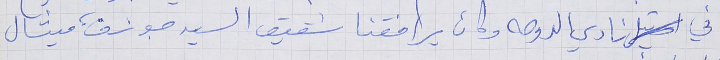
في نادي الدوحه وكان يرافقنا شقيق السيد جوزف، ميشال